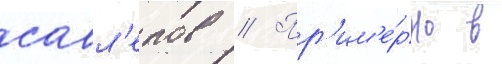
савл'епов // Пр'им'е́рно в